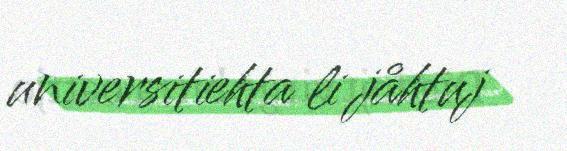
universitiehta li jåhtuj